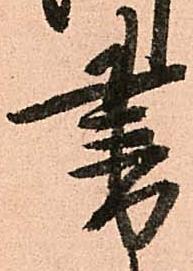
書